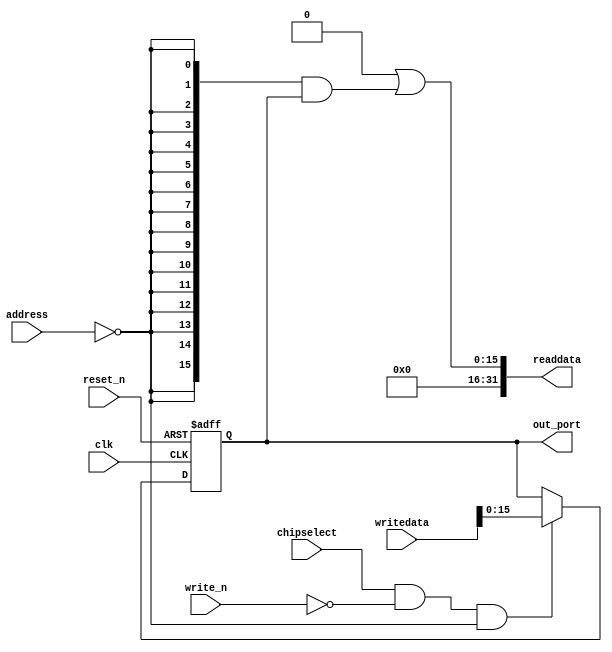
//Legal Notice: (C)2018 Altera Corporation. All rights reserved.  Your
//use of Altera Corporation's design tools, logic functions and other
//software and tools, and its AMPP partner logic functions, and any
//output files any of the foregoing (including device programming or
//simulation files), and any associated documentation or information are
//expressly subject to the terms and conditions of the Altera Program
//License Subscription Agreement or other applicable license agreement,
//including, without limitation, that your use is for the sole purpose
//of programming logic devices manufactured by Altera and sold by Altera
//or its authorized distributors.  Please refer to the applicable
//agreement for further details.

// synthesis translate_off
`timescale 1ns / 1ps
// synthesis translate_on

// turn off superfluous verilog processor warnings 
// altera message_level Level1 
// altera message_off 10034 10035 10036 10037 10230 10240 10030 

module nios_system_o_accumulator (
                                   // inputs:
                                    address,
                                    chipselect,
                                    clk,
                                    reset_n,
                                    write_n,
                                    writedata,

                                   // outputs:
                                    out_port,
                                    readdata
                                 )
;

  output  [ 15: 0] out_port;
  output  [ 31: 0] readdata;
  input   [  1: 0] address;
  input            chipselect;
  input            clk;
  input            reset_n;
  input            write_n;
  input   [ 31: 0] writedata;


wire             clk_en;
reg     [ 15: 0] data_out;
wire    [ 15: 0] out_port;
wire    [ 15: 0] read_mux_out;
wire    [ 31: 0] readdata;
  assign clk_en = 1;
  //s1, which is an e_avalon_slave
  assign read_mux_out = {16 {(address == 0)}} & data_out;
  always @(posedge clk or negedge reset_n)
    begin
      if (reset_n == 0)
          data_out <= 0;
      else if (chipselect && ~write_n && (address == 0))
          data_out <= writedata[15 : 0];
    end


  assign readdata = {32'b0 | read_mux_out};
  assign out_port = data_out;

endmodule